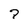
Character: 7